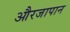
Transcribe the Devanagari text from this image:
औरजापान